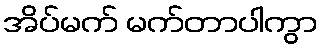
အိပ်မက် မက်တာပါကွာ